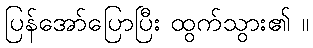
ပြန်အော်ပြောပြီး ထွက်သွား၏ ။